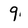
Character: 9